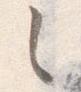
之